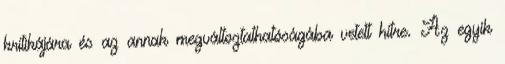
kritikájára és az annak megváltoztathatóságába vetett hitre. Az egyik